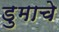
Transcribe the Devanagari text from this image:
डुमाचे